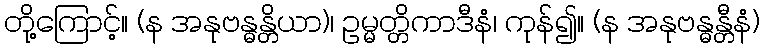
တို့ကြောင့်။ (န အနုဗန္ဓန္တိယာ)၊ ဥမ္မတ္တိကာဒီနံ၊ ကုန်၍။ (န အနုဗန္ဓန္တီနံ)